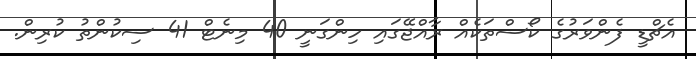
އެޗްޑީ ފެންވަރުގެ ކޯސްތަކެއް ރާއްޖޭގައި ހިންގަނީ 40 މިނެޓް 41 ސިކުންތު ކުރިން.